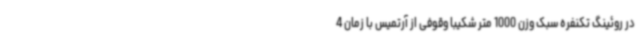
در روئینگ تکنفره سبک وزن 1000 متر شکیبا وقوفی از آرتمیس با زمان 4